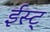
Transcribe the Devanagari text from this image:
ईस्ट्